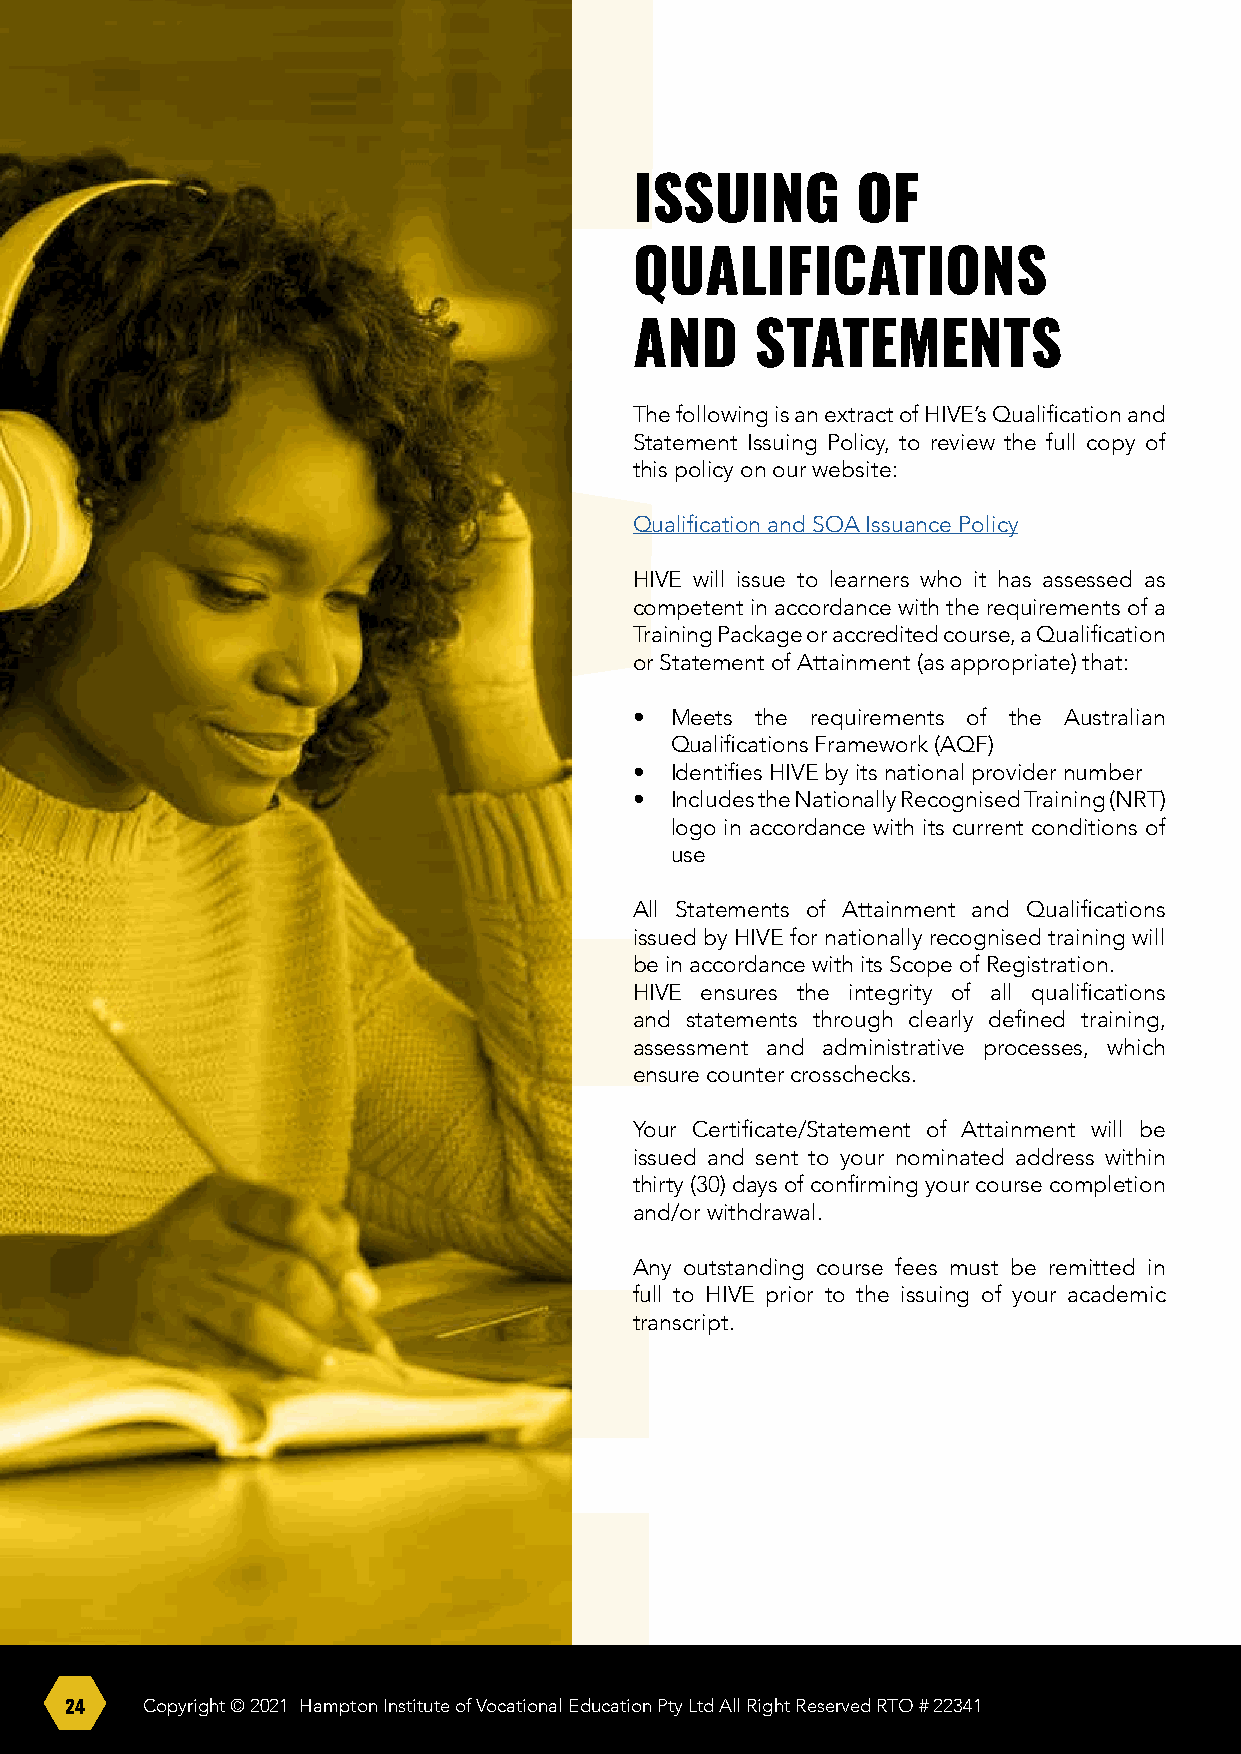
ISSUING        OF
 QUALIFICATIONS
 AND     STATEMENTS
 The following is an extract of HIVE’s Qualification and
 Statement Issuing Policy, to review the full copy of
 this policy on our website:
 Qualification and SOA Issuance Policy
 HIVE will issue to learners who it has assessed as
 competent in accordance with the requirements of a
 Training Package or accredited course, a Qualification
 or Statement of Attainment (as appropriate) that:
 • Meets the requirements of the Australian
 Qualifications Framework (AQF)
 • Identifies HIVE by its national provider number
 • Includes the Nationally Recognised Training (NRT)
 logo in accordance with its current conditions of
 use
 All Statements of Attainment and Qualifications
 issued by HIVE for nationally recognised training will
 be in accordance with its Scope of Registration.
 HIVE ensures the integrity of all qualifications
 and statements through clearly defined training,
 assessment and administrative processes, which
 ensure counter crosschecks.
 Your Certificate/Statement of Attainment will be
 issued and sent to your nominated address within
 thirty (30) days of confirming your course completion
 and/or withdrawal.
 Any outstanding course fees must be remitted in
 full to HIVE prior to the issuing of your academic
 transcript.
 24   Copyright © 2021 Hampton Institute of Vocational Education Pty Ltd All Right Reserved RTO # 22341